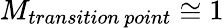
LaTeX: M_{transition\ point}\cong 1